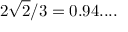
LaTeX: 2 { \sqrt { 2 } } / 3 = 0 . 9 4 . . . .